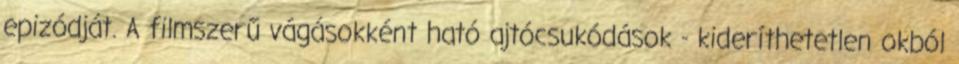
epizódját. A filmszerű vágásokként ható ajtócsukódások - kideríthetetlen okból